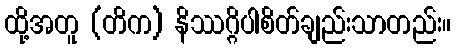
ထို့အတူ (တိက) နိဿဂ္ဂိပါစိတ်ချည်းသာတည်း။